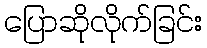
ပြောဆိုလိုက်ခြင်း